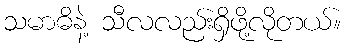
သမာဓိနဲ့ သီလလည်းရှိဖို့လိုတယ်။